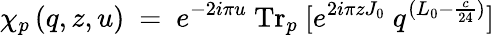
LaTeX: \chi_{p}\left(q,z,u\right)~=~e^{-2i\pi u}\ \mathrm{Tr}_{p}\ [e^{2i\pi zJ_{0}}\ q^{(L_{0}-{\frac{c}{24}})}]